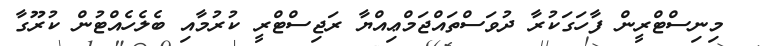
މިނިސްޓްރީން ފާހަގަކުރާ ދުވަސްތައްޖަމްޢިއްޔާ ރަޖިސްޓްރީ ކުރުމާއި ބެލެހެއްޓުން ކުރޫގާ